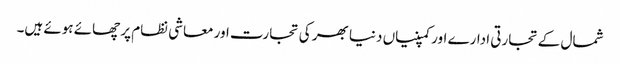
شمال کے تجارتی ادارے اور کمپنیاں دنیا بھر کی تجارت اور معاشی نظام پر چھائے ہوئے ہیں۔